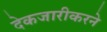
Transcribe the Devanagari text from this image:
देकजारीकरने